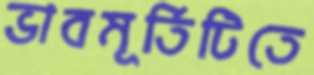
ভাবমূর্তিটিতে